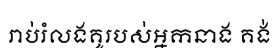
រាប់រំលងគូរបស់អ្នកនាង គង់